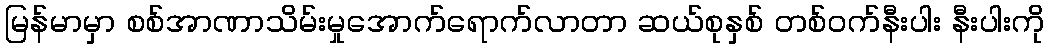
မြန်မာမှာ စစ်အာဏာသိမ်းမှုအောက်ရောက်လာတာ ဆယ်စုနှစ် တစ်ဝက်နီးပါး နီးပါးကို